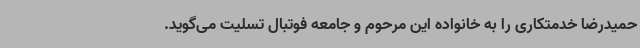
حمیدرضا خدمتکاری را به خانواده این مرحوم و جامعه فوتبال تسلیت می‌گوید.